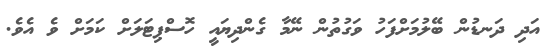
އަދި ދަނޑުން ބޭލުމަށްފަހު ވަގުތުން ނޭމާ ގެންދިޔައީ ހޮސްޕިޓަލަށް ކަމަށް ވެ އެވެ.